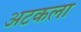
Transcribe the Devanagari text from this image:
अटकला